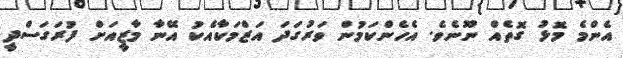
އެންމެ މޮޅު ގޮތެއް ނޫނެވެ. އެހެންކަމުން ވަރުގަދަ އަޒްމަކާއެކު އޭނާ މާޒީއަށް ފުރަގަސްދީ